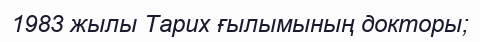
1983 жылы Тарих ғылымының докторы;